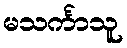
မသင်္ကာသူ